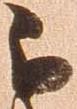
被